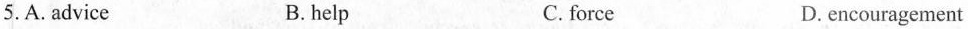
5.A. advice B. help C. force D.encouragement